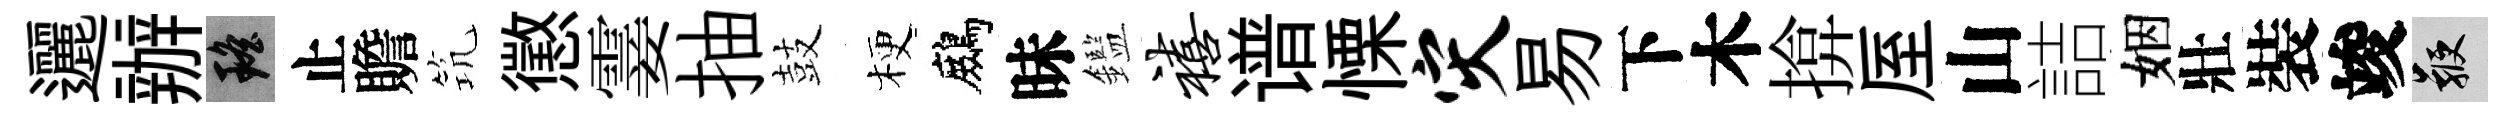
邐辦瑶止贍𥬑懲霎抽鼓梗鷓昧鑑禧谱慄灾易下木揜厔山詰姻壯裝竣鞭